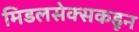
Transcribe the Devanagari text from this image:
मिडलसेक्सकडून